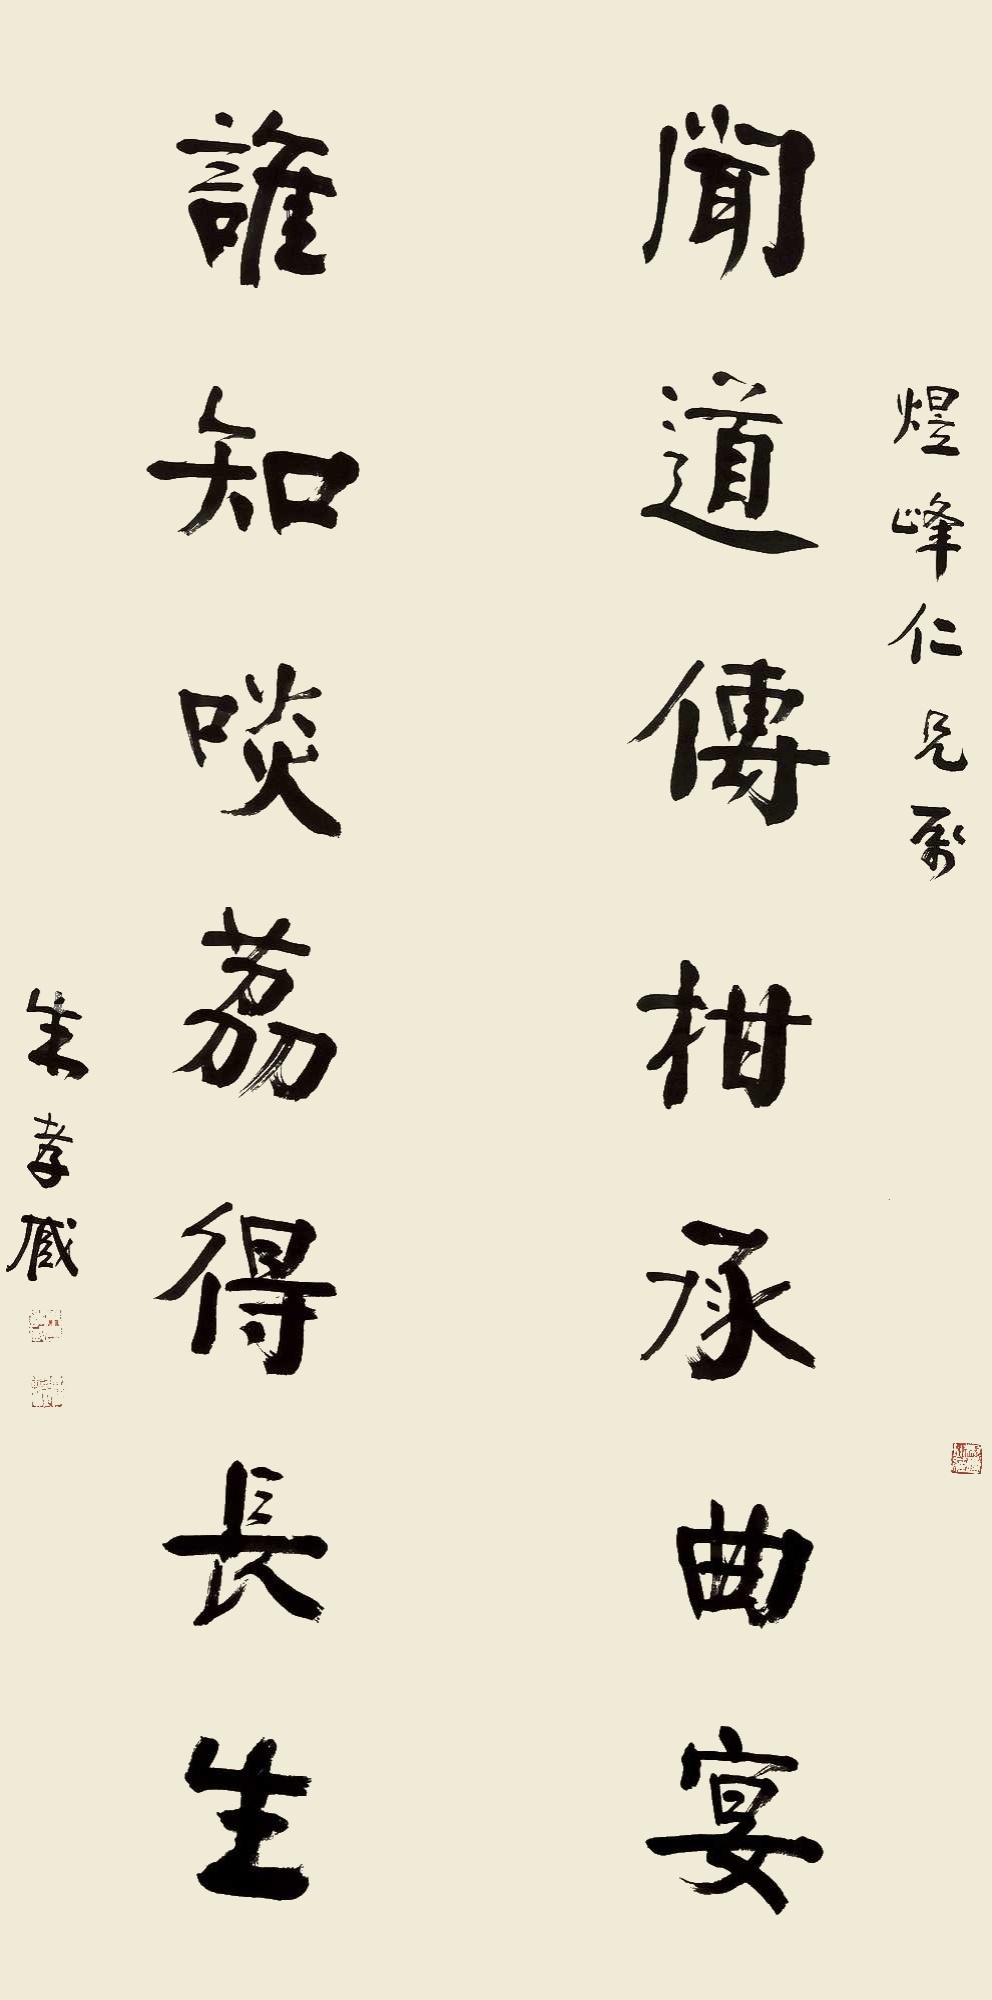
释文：闻道传柑承曲宴，谁知啖荔得长生。煜峰仁兄属，朱孝臧。